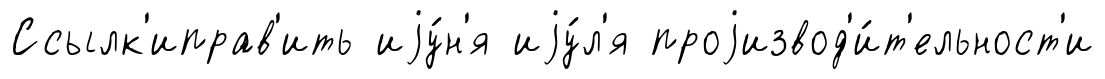
Ссылк'иправ'ить иjу́н'я иjу́л'я проjизвод'и́т'ельност'и